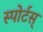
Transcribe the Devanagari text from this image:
स्पोर्टस्‌